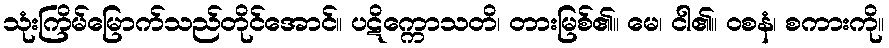
သုံးကြိမ်မြောက်သည်တိုင်အောင်။ ပဋိက္ကောသတိ၊ တားမြစ်၏။ မေ၊ ငါ၏။ ဝစနံ၊ စကားကို။